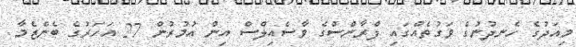
މިއަދުގެ ހެނދުނުގެ ވަގުތެއްގައި ފްރާންސްގެ ވާސެއިލްސް އިން އުމުރުން 27 އަހަރުގެ ބެންޒެމާ